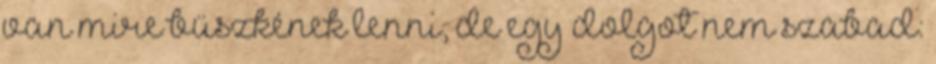
van mire büszkének lenni, de egy dolgot nem szabad: